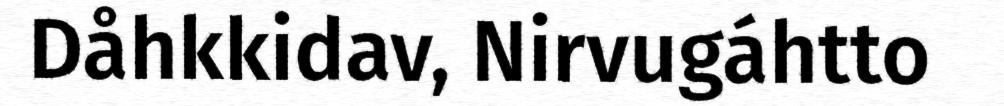
Dåhkkidav, Nirvugáhtto